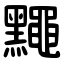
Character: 䵴